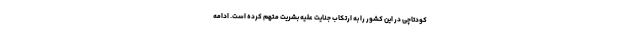
کودتاچی در این کشور را به ارتکاب جنایت علیه بشریت متهم کرده است. ادامه